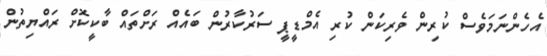
އެހެންނަމަވެސް ކުރިން ވެރިކަން ކުރި އެމްޑީޕީ ސަރުކާރުން ބައެއް ރަށްތައް ބާކީކޮށް ރައްޔިތުން